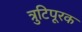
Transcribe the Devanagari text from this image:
त्रुटिपूरक